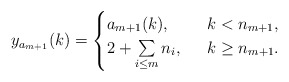
\begin{align*}y_{a_{m+1}}(k)=\begin{cases} a_{m+1}(k), \ & \ k< n_{m+1},\\2+\sum\limits_{i\le m} n_i, \ & \ k\ge n_{m+1}.\end{cases}\end{align*}